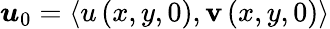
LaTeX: \boldsymbol{u}_{0}=\left<u\left(x,y,0\right),\mathbf{v}\left(x,y,0\right)\right>